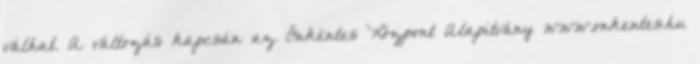
válhat. A változás kapcsán az Önkéntes Központ Alapítvány www.onkentes.hu